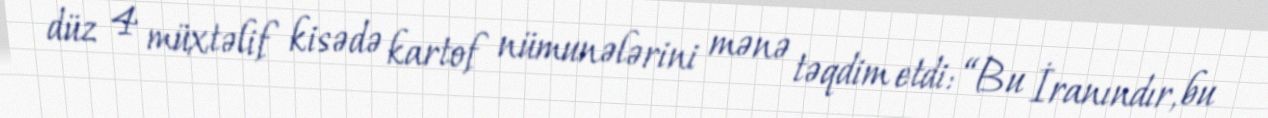
düz 4 müxtəlif kisədə kartof nümunələrini mənə təqdim etdi: “Bu İranındır, bu